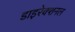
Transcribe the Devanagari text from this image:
डाइरेक्शनल